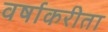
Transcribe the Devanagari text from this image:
वर्षाकरीता